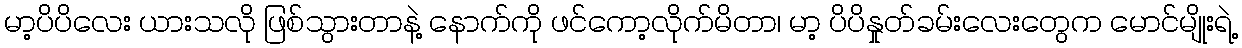
မာ့ပိပိလေး ယားသလို ဖြစ်သွားတာနဲ့ နောက်ကို ဖင်ကော့လိုက်မိတာ၊ မာ့ ပိပိနှုတ်ခမ်းလေးတွေက မောင်မျိုးရဲ့